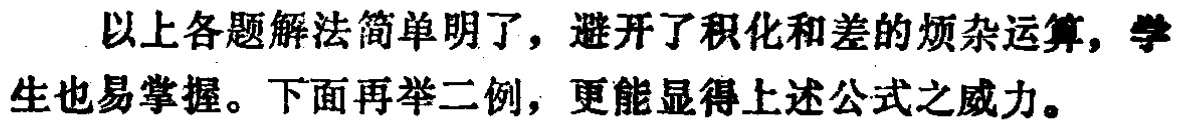
以上各题解法简单明了，避开了积化和差的繁杂运算，学生也易掌握。下面再举二例，更能显得上述公式之威力。